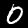
Digit: 0